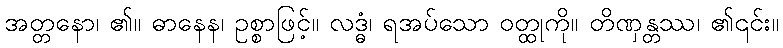
အတ္တနော၊ ၏။ ဓာနေန၊ ဥစ္စာဖြင့်။ လဒ္ဓံ၊ ရအပ်သော ဝတ္ထုကို။ တိဏှန္တဿ၊ ၏၎င်း။